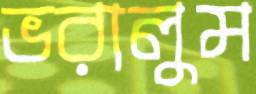
ভরালুম